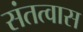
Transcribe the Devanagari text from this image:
संतत्वास